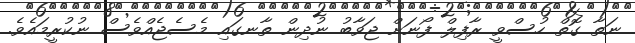
ނަތާ ގޮތް ހުސްވީ ރާފިލް ފޯނަށް ޖަވާބު ނުދިން ތާނގައި މެސެޖެއްވެސް ނުކުރީމައެވެ.